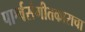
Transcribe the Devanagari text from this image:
पार्श्वसंगीतकाराचा